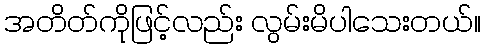
အတိတ်ကိုဖြင့်လည်း လွမ်းမိပါသေးတယ်။